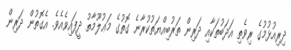
ދިރިއުޅުމުގެ ރިވެތި އަދަބުތަކާއި ދަރިން ތަރުބިއްޔަތުކުރާނެ ގޮތުގެ މަޢުލޫމާތު ދީފައިވެއެވެ. އެގޮތުން ދަރިން